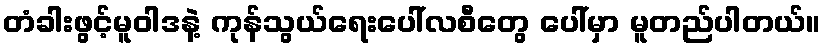
တံခါးဖွင့်မူဝါဒနဲ့ ကုန်သွယ်ရေးပေါ်လစီတွေ ပေါ်မှာ မူတည်ပါတယ်။